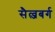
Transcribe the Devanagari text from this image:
सैल्जबर्ग